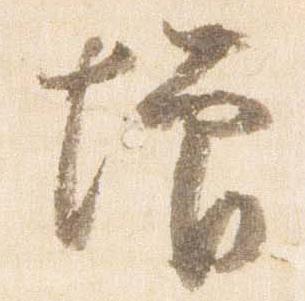
増